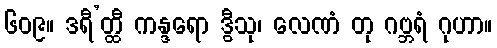
၆၀၉။ ဒရီ’တ္ထီ ကန္ဒရော ဒွီသု၊ လေဏံ တု ဂဗ္ဘရံ ဂုဟာ။